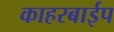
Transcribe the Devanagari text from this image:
काहरबाईप